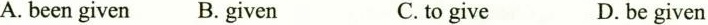
A.been given B. given C.to give D. be given